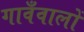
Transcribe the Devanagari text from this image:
गावँवालों